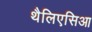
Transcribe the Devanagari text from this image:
थैलिएसिआ